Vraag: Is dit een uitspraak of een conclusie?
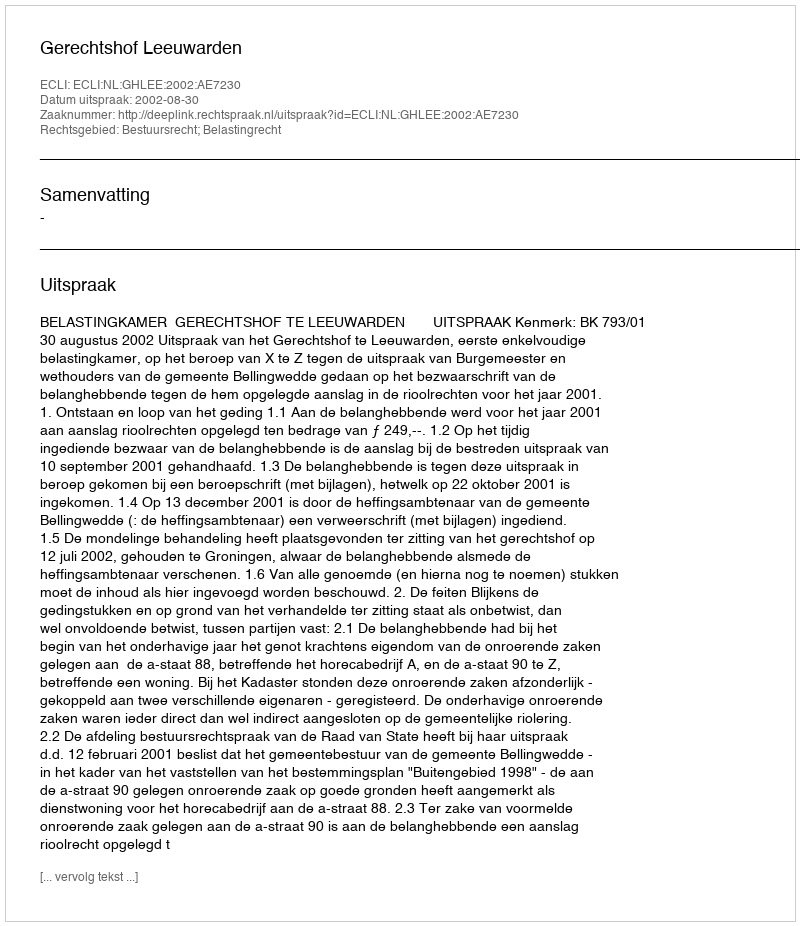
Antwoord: Uitspraak